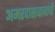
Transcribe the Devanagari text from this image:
अमरदासबाबांची